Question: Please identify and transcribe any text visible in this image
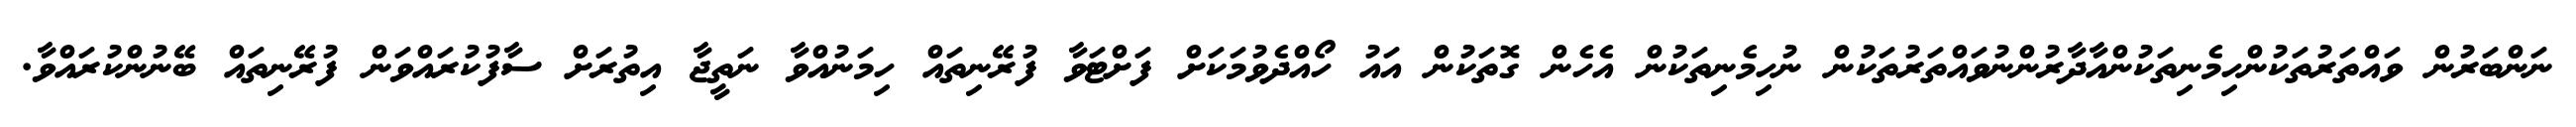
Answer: ނަންބަރުން ވައްތަރުތަކުންހިމެނިތަކުންއާދާރުންނުވައްތަރުތަކުން ނުހިމެނިތަކުން އެހެން ގޮތަކުން އައު ހޯއްދެވުމަކަށް ފަށްޓަވާ ފުރޭނިތައް ހިމަނުއްވާ ނަތީޖާ އިތުރަށް ސާފުކުރައްވަން ފުރޭނިތައް ބޭނުންކުރައްވާ.